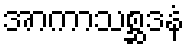
အာကာသစ္ဆဒနံ